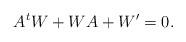
LaTeX: \begin{align*}A^tW+WA+W'=0.\end{align*}